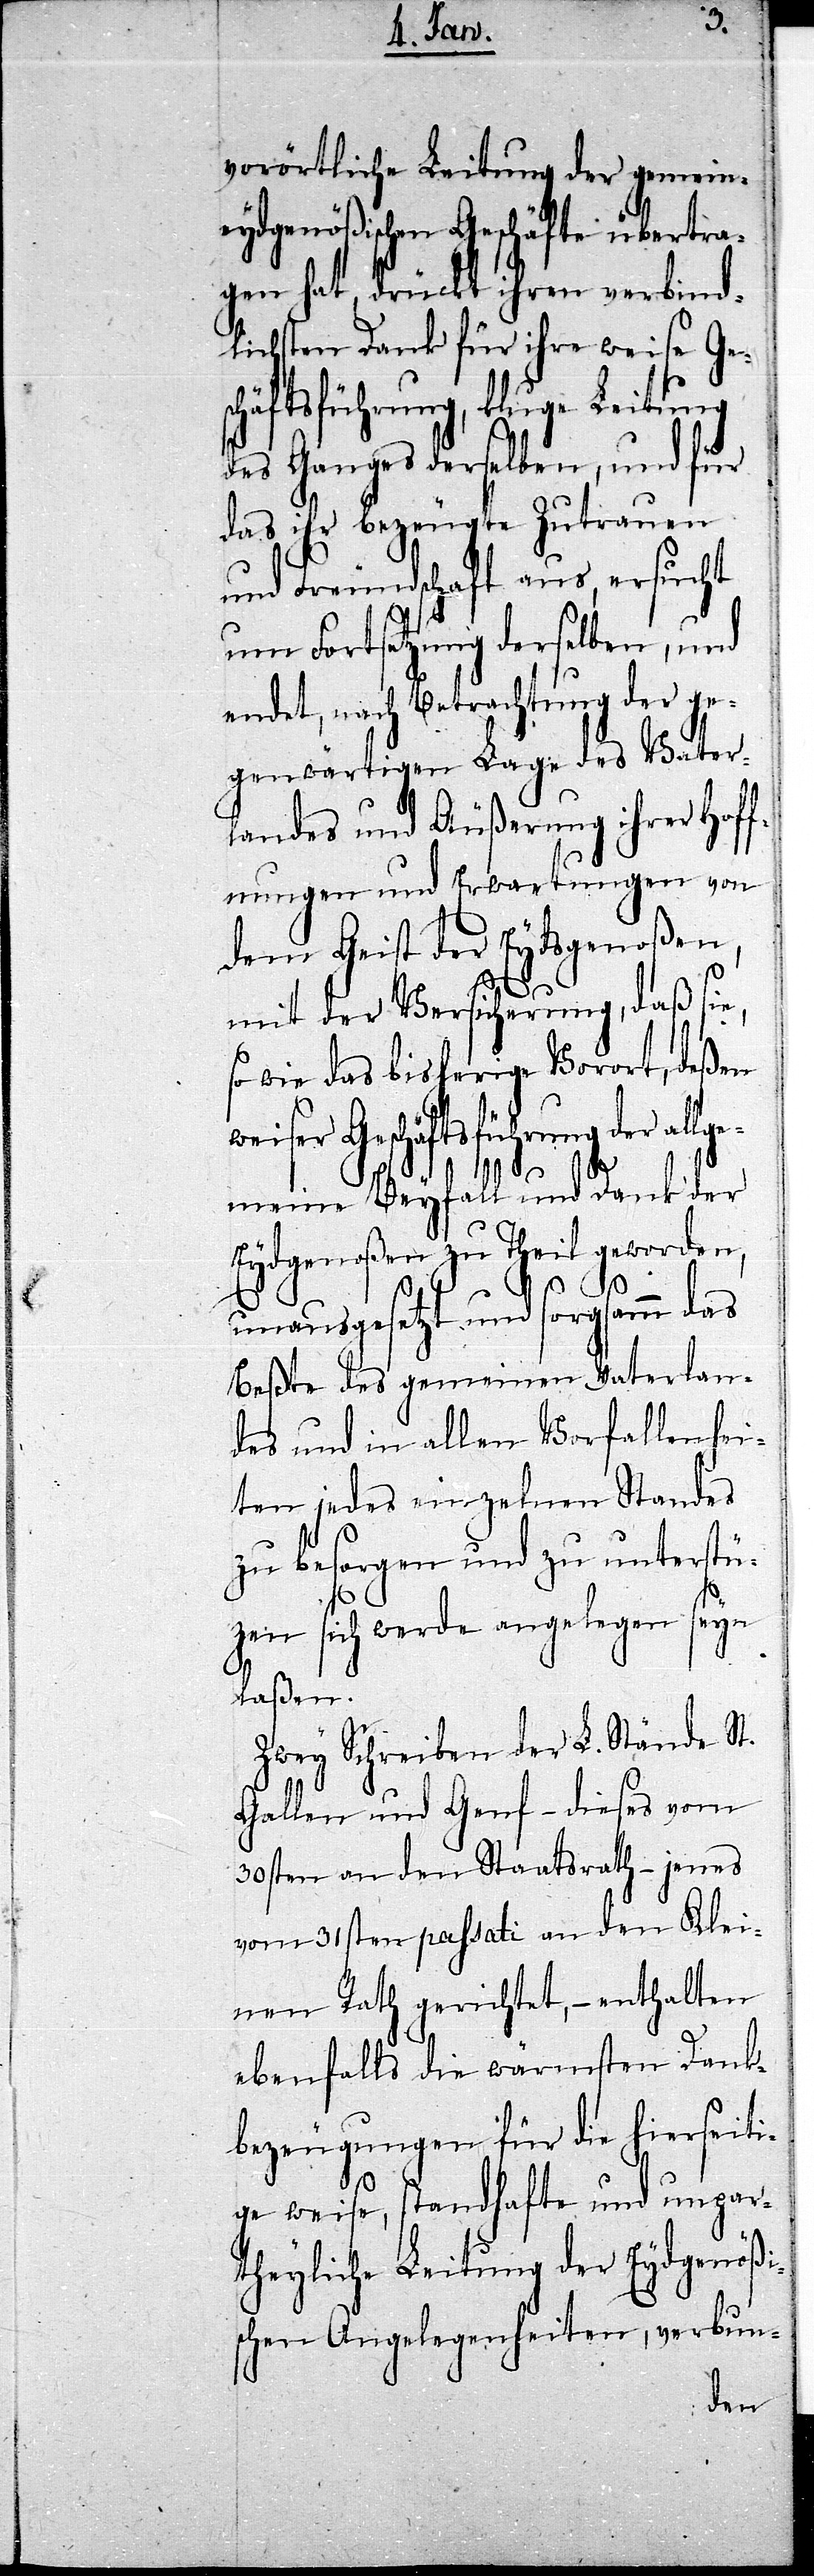
vorörtliche Leitung der gemein¬
eydgenößischen Geschäfte übertra¬
gen hat, drückt ihren verbind¬
lichsten Dank für ihre weise Ges¬
chäftsführung, kluge Leitung
des Ganges derselben, und für
das ihr bezeugte Zutrauen
und Freundschaft aus, ersucht
um Fortsetzung derselben, und
endet, nach Betrachtung der ge¬
genwärtigen Lage des Vater¬
landes und Äußerung ihrer Hoff¬
nungen und Erwartungen von
dem Geist der Eydsgenoßen,
mit der Versicherung, daß sie,
wie das bisherige Vorort, deßen
weiser Geschäftsführung der allge¬
meine Beyfall und Dank der
Eydgenoßen zu Theil geworden,
unausgesetzt und sorgsamm das
Beßte des gemeinen Vaterlan¬
des und in allen Vorfallenhei¬
ten jedes einzelnen Standes
zu besorgen und zu unterstü¬
zen sich werde angelegen seyn
laßen.
Zwey Schreiben der L. Stände St.
Gallen und Genf – dieses vom
30sten an den Staatsrath – jenes
vom 31sten passati an den Klei¬
nen Rath gerichtet, – enthalten
ebenfalls die wärmsten Dank¬
bezeugungen für die hierseiti¬
ge weise, standhafte und unpar¬
theyliche Leitung der Eydgenößi¬
schen Angelegenheiten, verbun-